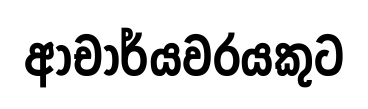
ආචාර්යවරයකුට